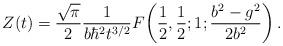
LaTeX: \begin{align*}Z(t) = {\sqrt{\pi}\over2} {1\over b \hbar^2 t^{3/2}} F\!\left( {1\over2},{1\over2};1;{b^2 - g^2 \over 2 b^2}\right).\end{align*}